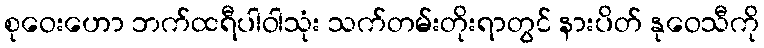
စုဝေးဟော ဘက်ထရီပါဝါသုံး သက်တမ်းတိုးရာတွင် နားပိတ် နုဝေသီကို